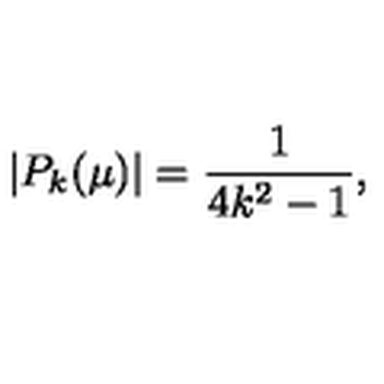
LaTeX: | P _ { k } ( \mu ) | = \frac { 1 } { 4 k ^ { 2 } - 1 } ,